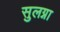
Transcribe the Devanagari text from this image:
सुलग्ना